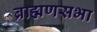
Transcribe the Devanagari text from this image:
ब्राह्मणसभा